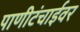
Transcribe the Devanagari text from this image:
पाणीटंचाईवर